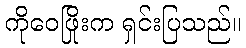
ကိုဝေဖြိုးက ရှင်းပြသည်။